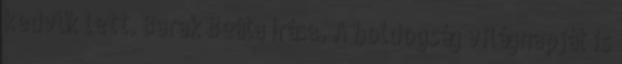
kedvük lett. Barak Beáta írása. A boldogság világnapját is